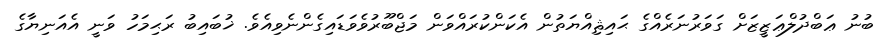
ބުނު ޢަބްދުލްޢަޒީޒަށް ގަވަރުނަރެއްގެ ޙައިޘިއްޔަތުން އެކަންކުރައްވަން މަޖްބޫރުވެވަޑައިގެންނެވިއެވެ. ޚުބައިބު ރަޙިމަހު ވަނީ އެއަނިޔާގެ